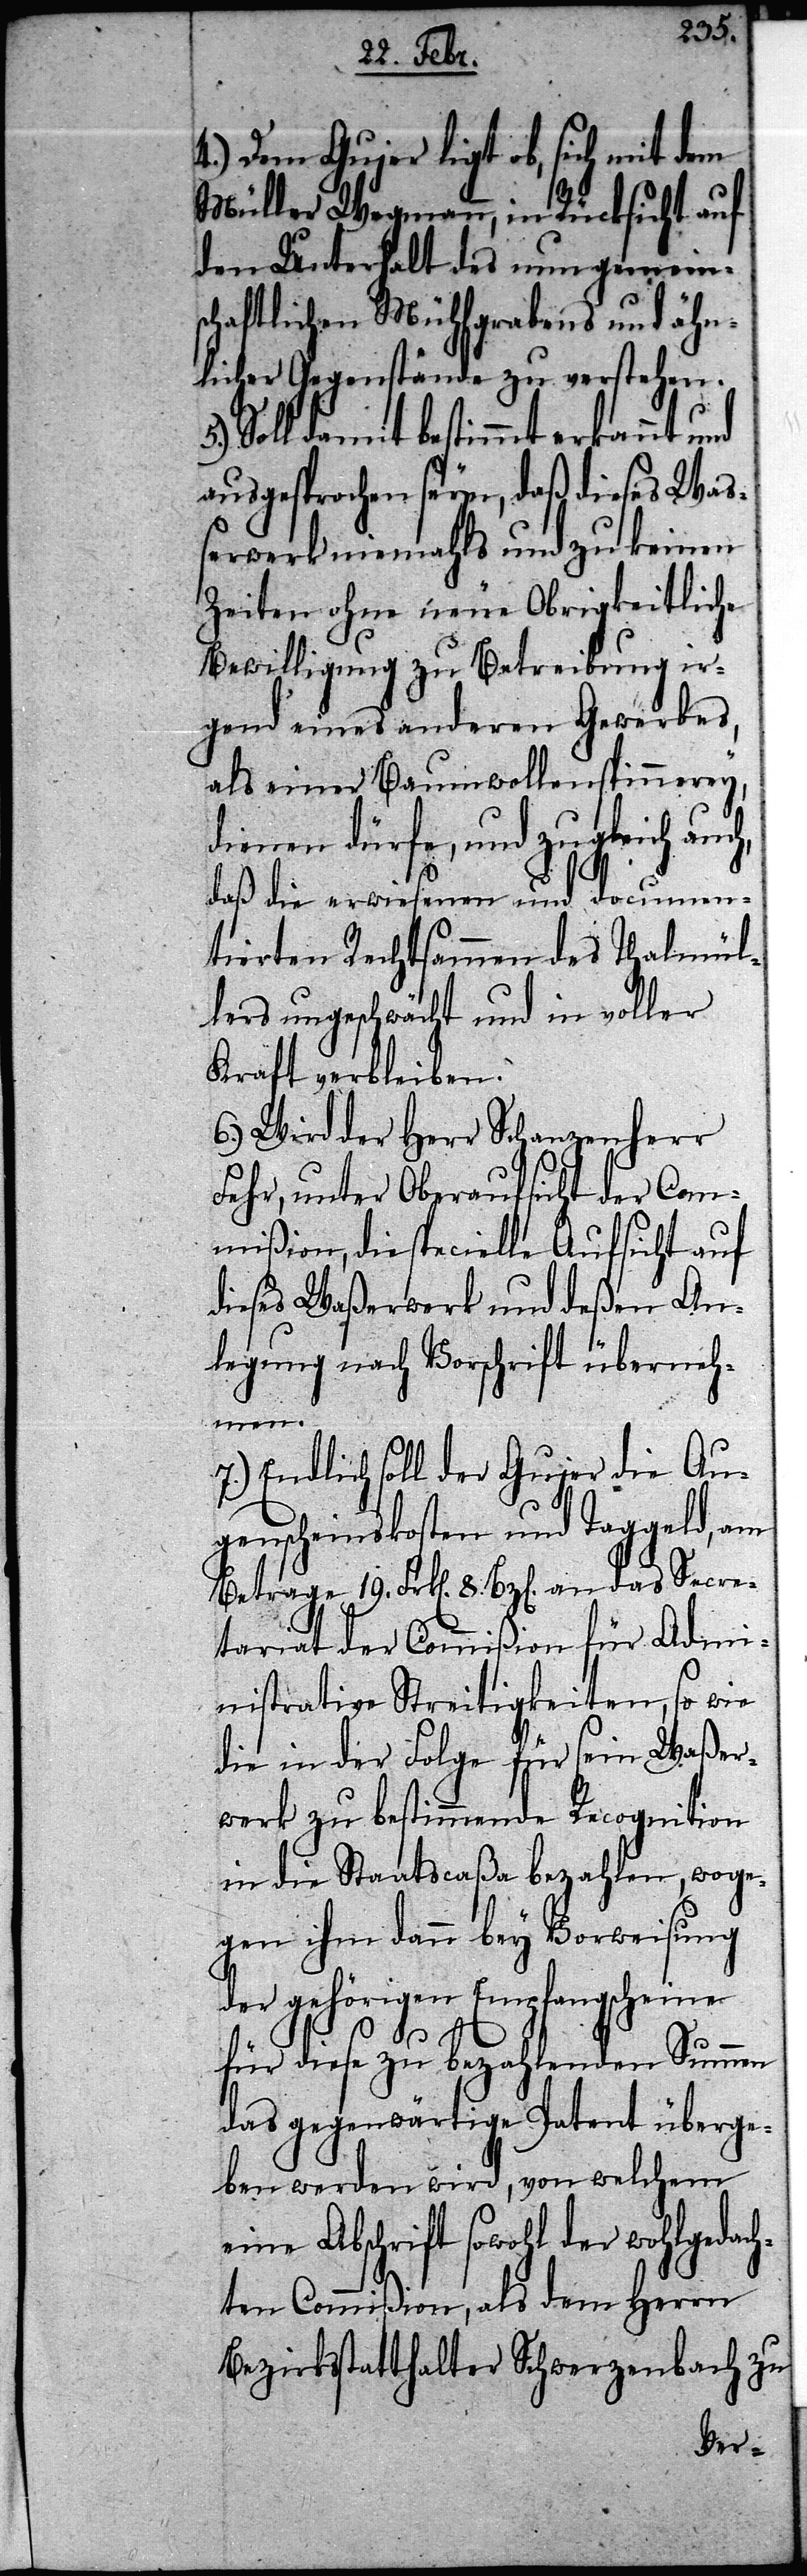
4.) Dem Gujer ligt ob, sich mit dem
Müller Wegmann, in Rücksicht auf
den Unterhalt des nun gemein¬
schaftlichen Mühlgrabens und ähn¬
licher Gegenstände zu verstehen.
Soll damit bestimmt erkannt und
ausgesprochen seyn, daß dieses Waß¬
erwerk niehmahls und zu keinen
Zeiten ohne neue Obrigkeitliche
Bewilligung zur Betreibung ir¬
gend eines anderen Gewerbes,
als einer Baumwollenspinnerey,
dienen dürfe, und zugleich auch,
daß die verwiesenen und documen¬
tierten Rechtsammen des Thalmül¬
lers ungeschwächt und in voller
Kraft verbleiben.
6.) Wird der Herr Schanzenherr
Fehr unter Oberaufsicht der Com¬
mißion, die specielle Aufsicht auf
dieses Waßerwerk und deßen An¬
legung nach Vorschrift überneh¬
men.
7.) Endlich soll der Gujer die Au¬
genscheinskosten und Taggeld, am
Betrage 19. Frk[en]. 8. Bz[en]. an das Secre¬
tariat der Commißion für Admi¬
nistrative Streitigkeiten, so wie
die in der Folge für sein Waßer¬
werk zu bestimmende Recognition
in die Staatscaßa bezahlen, woge¬
gen ihm dann bey Vorweisung
der gehörigen Empfangscheine
für diese zu bezahlenden Summen
das gegenwärtige Patent überge¬
ben werden wird, von welchem
eine Abschrift sowohl der wohlgedach¬
ten Commißion, als dem Herrn
Bezirksstatthalter Schwerzenbach zu